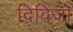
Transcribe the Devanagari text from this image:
दिविजो